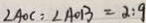
\angle A O C = \angle A O B = 2 : 9